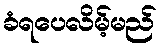
ခံရပေလိမ့်မည်